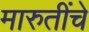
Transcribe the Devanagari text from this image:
मारुतींचे